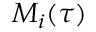
M _ { i } ( \tau )